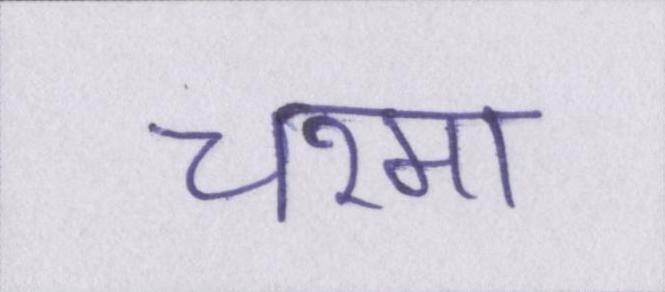
चश्मा